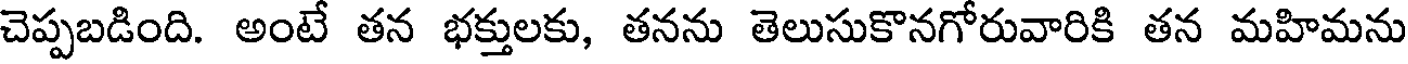
చెప్పబడింది. అంటే తన భక్తులకు, తనను తెలుసుకొనగోరువారికి తన మహిమను